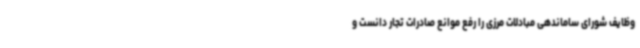
وظایف شورای ساماندهی مبادلات مرزی را رفع موانع صادرات تجار دانست و